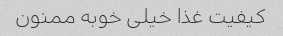
کیفیت غذا خیلی خوبه ممنون